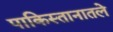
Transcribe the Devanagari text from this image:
पाकिस्तानातले